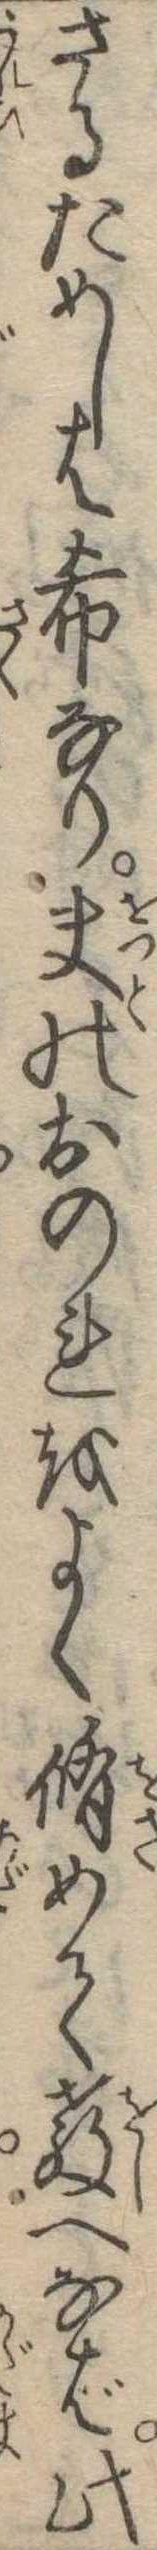
さるためしは希なり夫のおのれをよく脩めて教へなば此